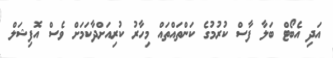
އަދި އެބޯޓް ބަލާ ފާސް ކުރުމުގެ ކަންތައްތައް މިހާރު ކުރިއަށްދާކަމަށް ވެސް އޮފިޝަލް